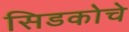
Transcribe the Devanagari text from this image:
सिडकोचे